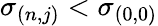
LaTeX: \sigma_{(n,j)}<\sigma_{(0,0)}